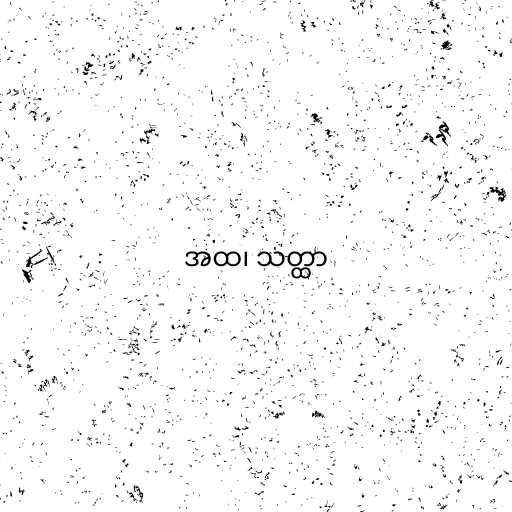
အထ၊ သတ္ထာ